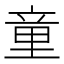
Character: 童